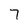
Character: 7